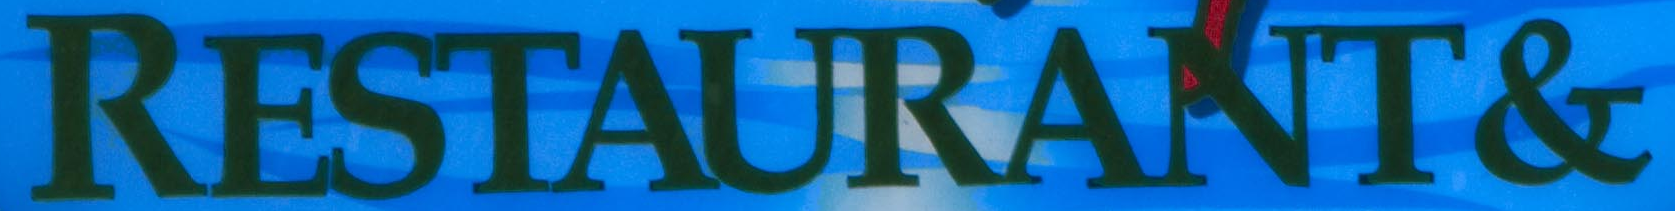
RESTAURANT&